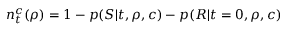
n _ { t } ^ { c } ( \rho ) = 1 - p ( S | t , \rho , c ) - p ( R | t = 0 , \rho , c )